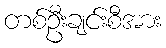
တစ်ဦးချင်းစီအား